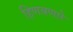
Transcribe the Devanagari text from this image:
हिणवणारे